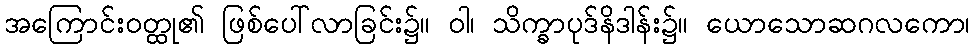
အကြောင်းဝတ္ထု၏ ဖြစ်ပေါ်လာခြင်း၌။ ဝါ၊ သိက္ခာပုဒ်နိဒါန်း၌။ ယောသောဆဂလကော၊